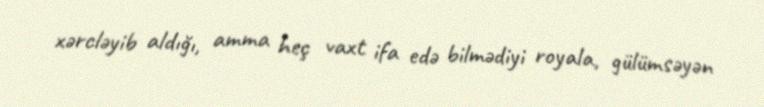
xərcləyib aldığı, amma heç vaxt ifa edə bilmədiyi royala, gülümsəyən